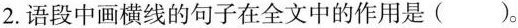
2.语段中画横线的句子在全文中的作用是()。